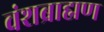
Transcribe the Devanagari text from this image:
वंशब्राह्मण